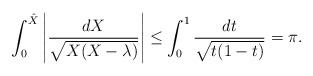
LaTeX: \begin{align*}\int_0^{\hat{X}}\left|\frac{dX}{\sqrt{X(X-\lambda)}}\right| \leq \int_0^1\frac{dt}{\sqrt{t(1-t)}} = \pi.\end{align*}